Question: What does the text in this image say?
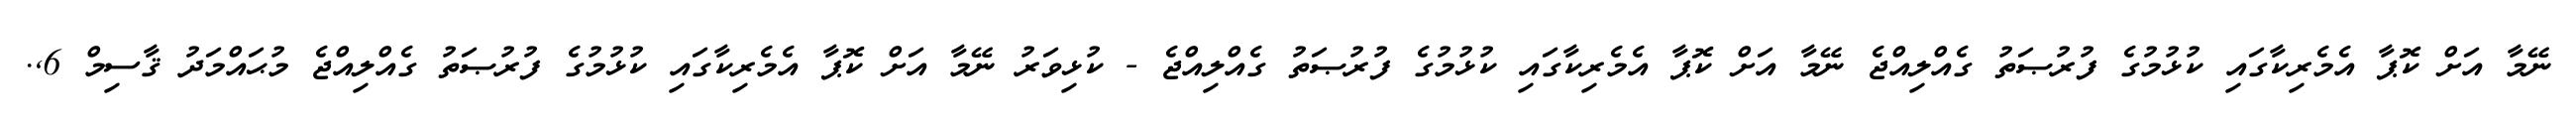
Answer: ނޭމާ އަށް ކޮޕާ އެމެރިކާގައި ކުޅުމުގެ ފުރުޞަތު ގެއްލިއްޖެ ނޭމާ އަށް ކޮޕާ އެމެރިކާގައި ކުޅުމުގެ ފުރުޞަތު ގެއްލިއްޖެ - ކުޅިވަރު ނޭމާ އަށް ކޮޕާ އެމެރިކާގައި ކުޅުމުގެ ފުރުޞަތު ގެއްލިއްޖެ މުޙައްމަދު ޤާސިމް 6,.